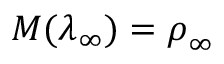
\boldsymbol { M } ( \boldsymbol { \lambda } _ { \infty } ) = \boldsymbol { \rho } _ { \infty }